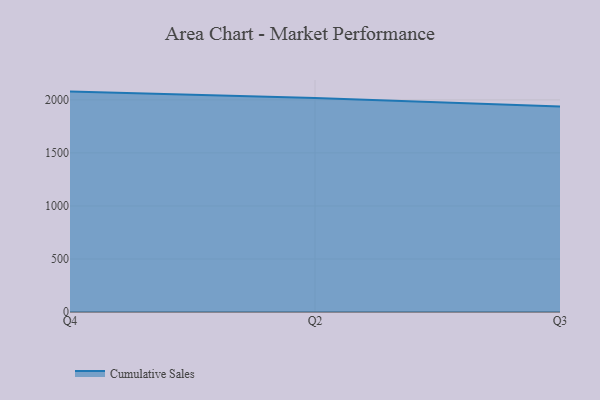
{"axis": {"x": "Quarter", "y": "Latency (ms)"}, "legend": ["Cumulative Sales"], "data": [{"x": "Q4", "y": 2078.0, "type": "Cumulative Sales"}, {"x": "Q2", "y": 2018.7, "type": "Cumulative Sales"}, {"x": "Q3", "y": 1937.3, "type": "Cumulative Sales"}]}